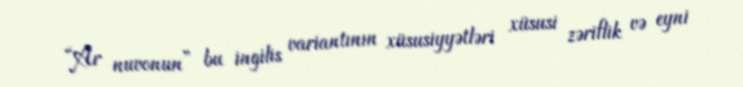
“Ar nuvonun” bu ingilis variantının xüsusiyyətləri xüsusi zəriflik və eyni